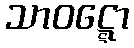
သာဝဋ္ဋော